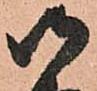
御